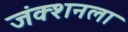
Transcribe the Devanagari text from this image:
जंक्शनला